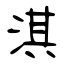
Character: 淇